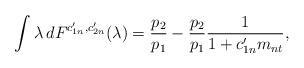
LaTeX: \begin{align*}\int\lambda \,dF^{c_{1n}',c_{2n}'}(\lambda)=\frac{p_2}{p_1}-\frac{p_2}{p_1}\frac{1}{1+c_{1n}'m_{nt}},\end{align*}